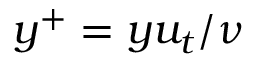
y ^ { + } = y u _ { t } / \nu